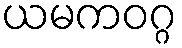
ယမကဝဂ္ဂ